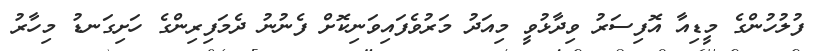
ފުލުހުންގެ މީޑިއާ އޮފިސަރު ވިދާޅުވީ މިއަދު މަރުވެފައިވަނިކޮށް ފެނުނު ދެމަފިރިންގެ ހަށިގަނޑު މިހާރު